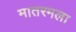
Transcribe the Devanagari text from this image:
मातरमला